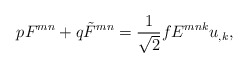
\begin{align*}pF^{mn} + q\tilde F^{mn} = \frac {1}{\sqrt 2}fE^{mnk} u_{,k},\end{align*}